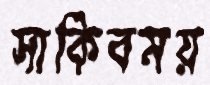
সাকিবময়